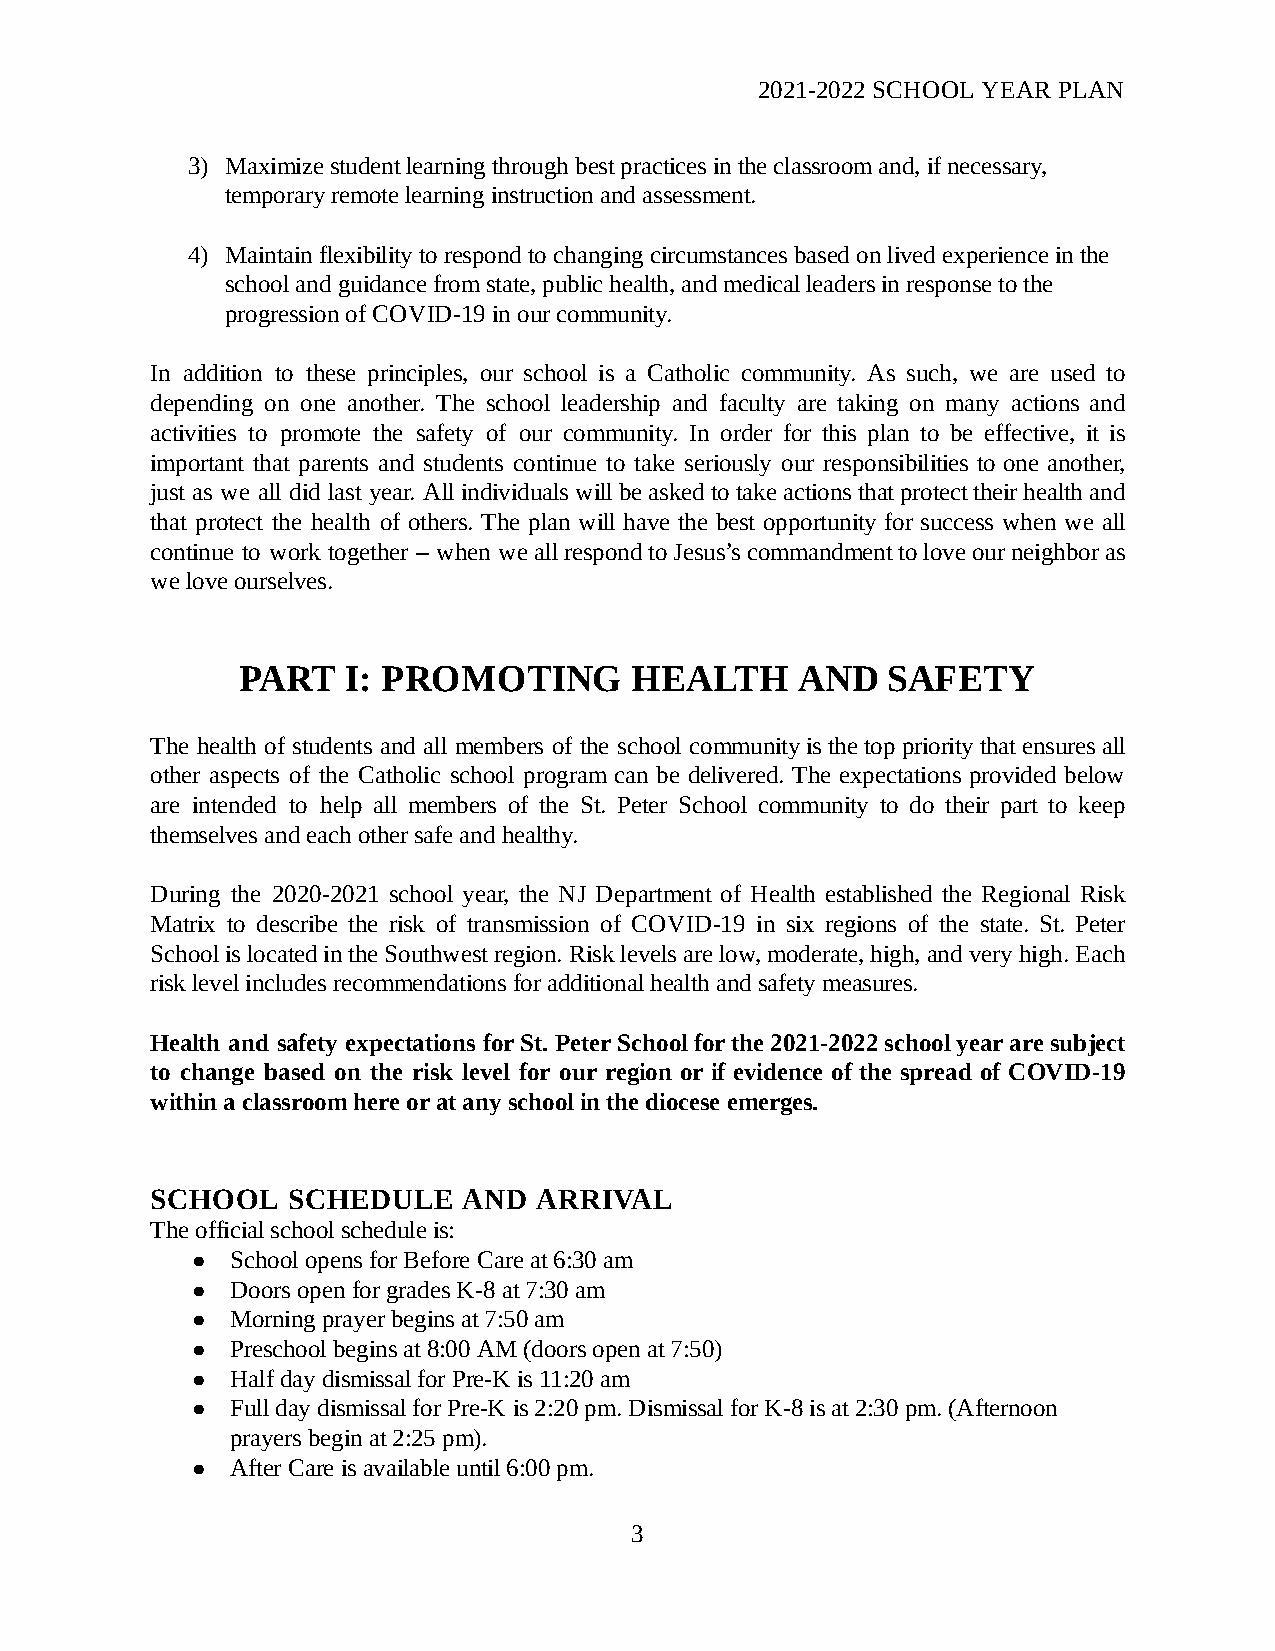
2021-2022 SCHOOL YEAR PLAN
 3) Maximize student learning through b est practices in the classroom a nd, if n ecessary,
 temporary remote learning instruction a nd a ssessment.
 4) Maintain flexibility to respond to changing circumstances b ased on l ived experience i n the
 school and guidance from state, p ublic h ealth, and medical leaders in response to the
 progression of COVID-19 in our community.
 In addition to these principles, our school is a Catholic community. As such, we are used to
 depending on one another. The school leadership and faculty are taking on many actions and
 activities to promote the safety of our community. In order for this plan to be effective, it is
 important that parents and students continue to take seriously our responsibilities to one another,
 just as we all did last year. All individuals will be asked to take actions that protect their health and
 that protect the health of others. The plan will have the best opportunity for success when we all
 continue to work together – when we all respond to Jesus’s commandment to love our neighbor as
 we love ourselves.
 PART   I: PROMOTING       HEALTH     AND   SAFETY
 The health of students and all members of the school community is the top priority that ensures all
 other aspects of the Catholic school program can be delivered. The expectations provided below
 are intended to help all members of the St. Peter School community to do their part to keep
 themselves and each other safe and healthy.
 During the 2020-2021 school year, the NJ Department of Health established the Regional Risk
 Matrix to describe the risk of transmission of COVID-19 in six regions of the state. St. Peter
 School is located in the Southwest region. Risk levels are low, moderate, high, and very high. Each
 risk level includes recommendations for additional health and safety measures.
 Health and safety expectations for St. Peter School for the 2021-2022 school year are subject
 to change based on the risk level for our region or if evidence of the spread of COVID-19
 within a classroom here or at any school in the diocese e merges.
 SCHOOL   SCHEDULE    AND ARRIVAL
 The official school schedule is:
 ● School opens for Before Care at 6:30 am
 ● Doors open for grades K-8 at 7:30 a m
 ● Morning prayer begins at 7:50 am
 ● Preschool begins at 8:00 AM (doors o pen at 7:50)
 ● Half day dismissal for Pre-K is 11:20 a m
 ● Full day dismissal for Pre-K is 2:20 p m. Dismissal for K-8 is at 2 :30 p m. (Afternoon
 prayers begin at 2:25 pm).
 ● After Care is available until 6:00 pm.
 3